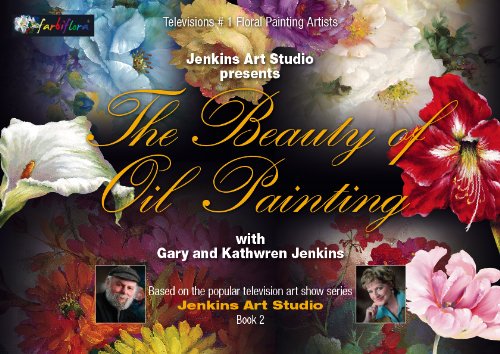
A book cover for The Beauty of Oil Painting, Book 2; Gary Jenkins; Arts & Photography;